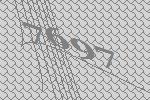
7697